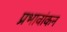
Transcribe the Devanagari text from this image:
प्रभावांकन